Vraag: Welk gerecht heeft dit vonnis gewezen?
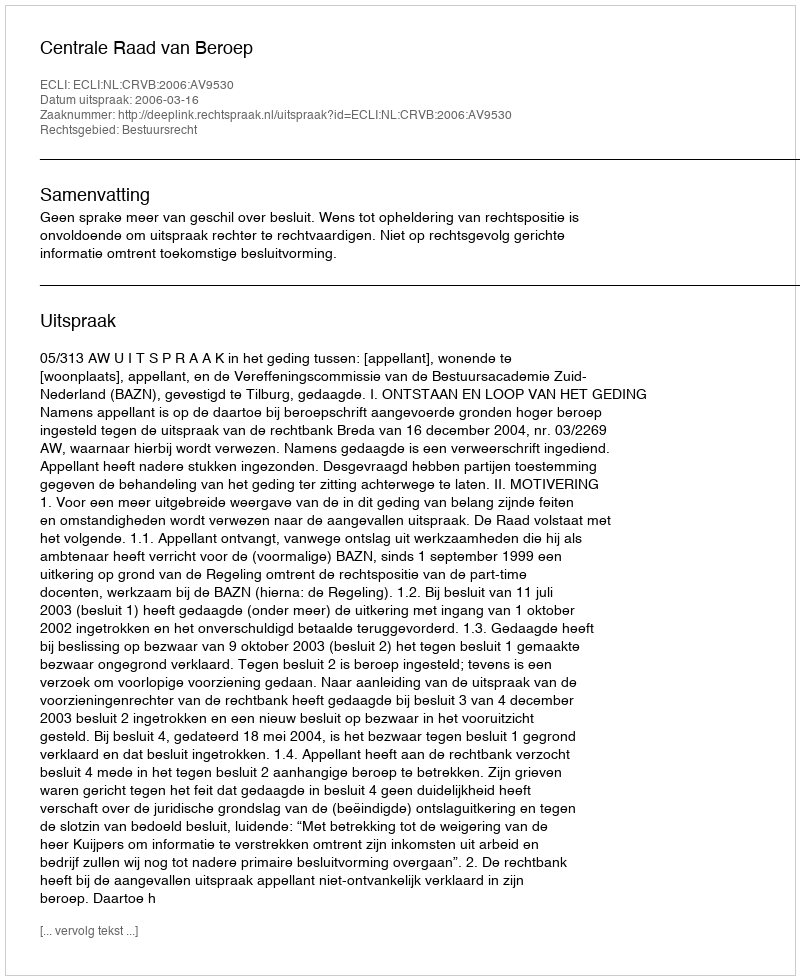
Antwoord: Centrale Raad van Beroep